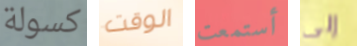
كسولة الوقت أستمعت إلى